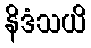
နိဒံသယိ